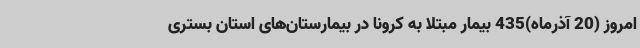
امروز (20 آذرماه)435 بیمار مبتلا به کرونا در بیمارستان‌های استان بستری